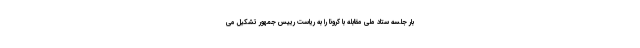
بار جلسه ستاد ملی مقابله با کرونا را به ریاست رییس جمهور تشکیل می